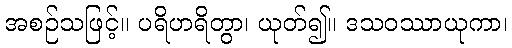
အစဉ်သဖြင့်။ ပရိဟရိတွာ၊ ယုတ်၍။ ဒသဝဿာယုကာ၊